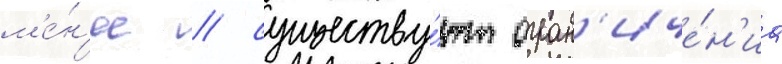
м'е́н'ее / существу́ют огран'иче́н'иа